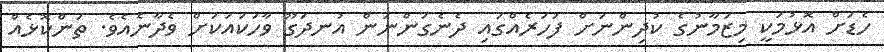
ހެޑަށް އޮޅުމަކީ މިޒަމާނުގެ ކުދިންނަށް ފަހަރެއްގައި ދެނެގަންނަން އުނދަގޫ ވާހަކައަކަށް ވެދާނެއެވެ. ތަންކޮޅެއް